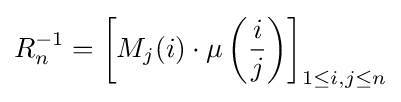
R_{n}^{-1}=\left[M_{j}(i)\cdot \mu \left({\frac {i}{j}}\right)\right]_{1\leq i,j\leq n}